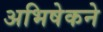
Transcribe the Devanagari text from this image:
अभिषेकने